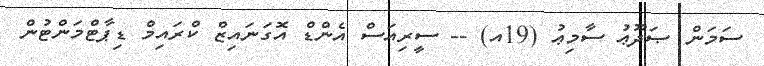
ސަމަން ޞަދޫޢު ސާމިޢު (19އ) -- ސީރިއަސް އެންޑް އޮގަނައިޒް ކްރައިމް ޑިޕާޓްމަންޓުން